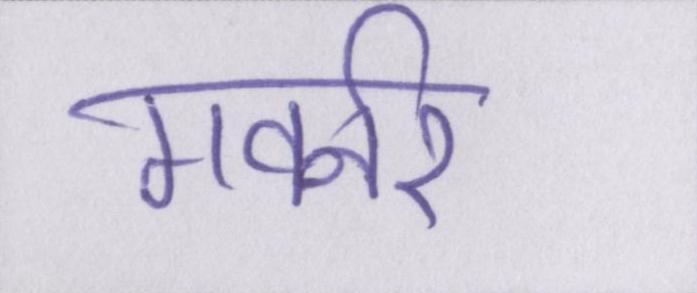
गवर्नर